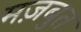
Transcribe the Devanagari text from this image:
मज़बुत